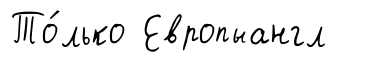
То́лько Европыангл